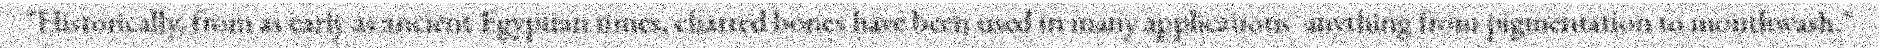
"Historically, from as early as ancient Egyptian times, charred bones have been used in many applications  anything from pigmentation to mouthwash."